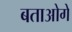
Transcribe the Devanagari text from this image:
बताओगे